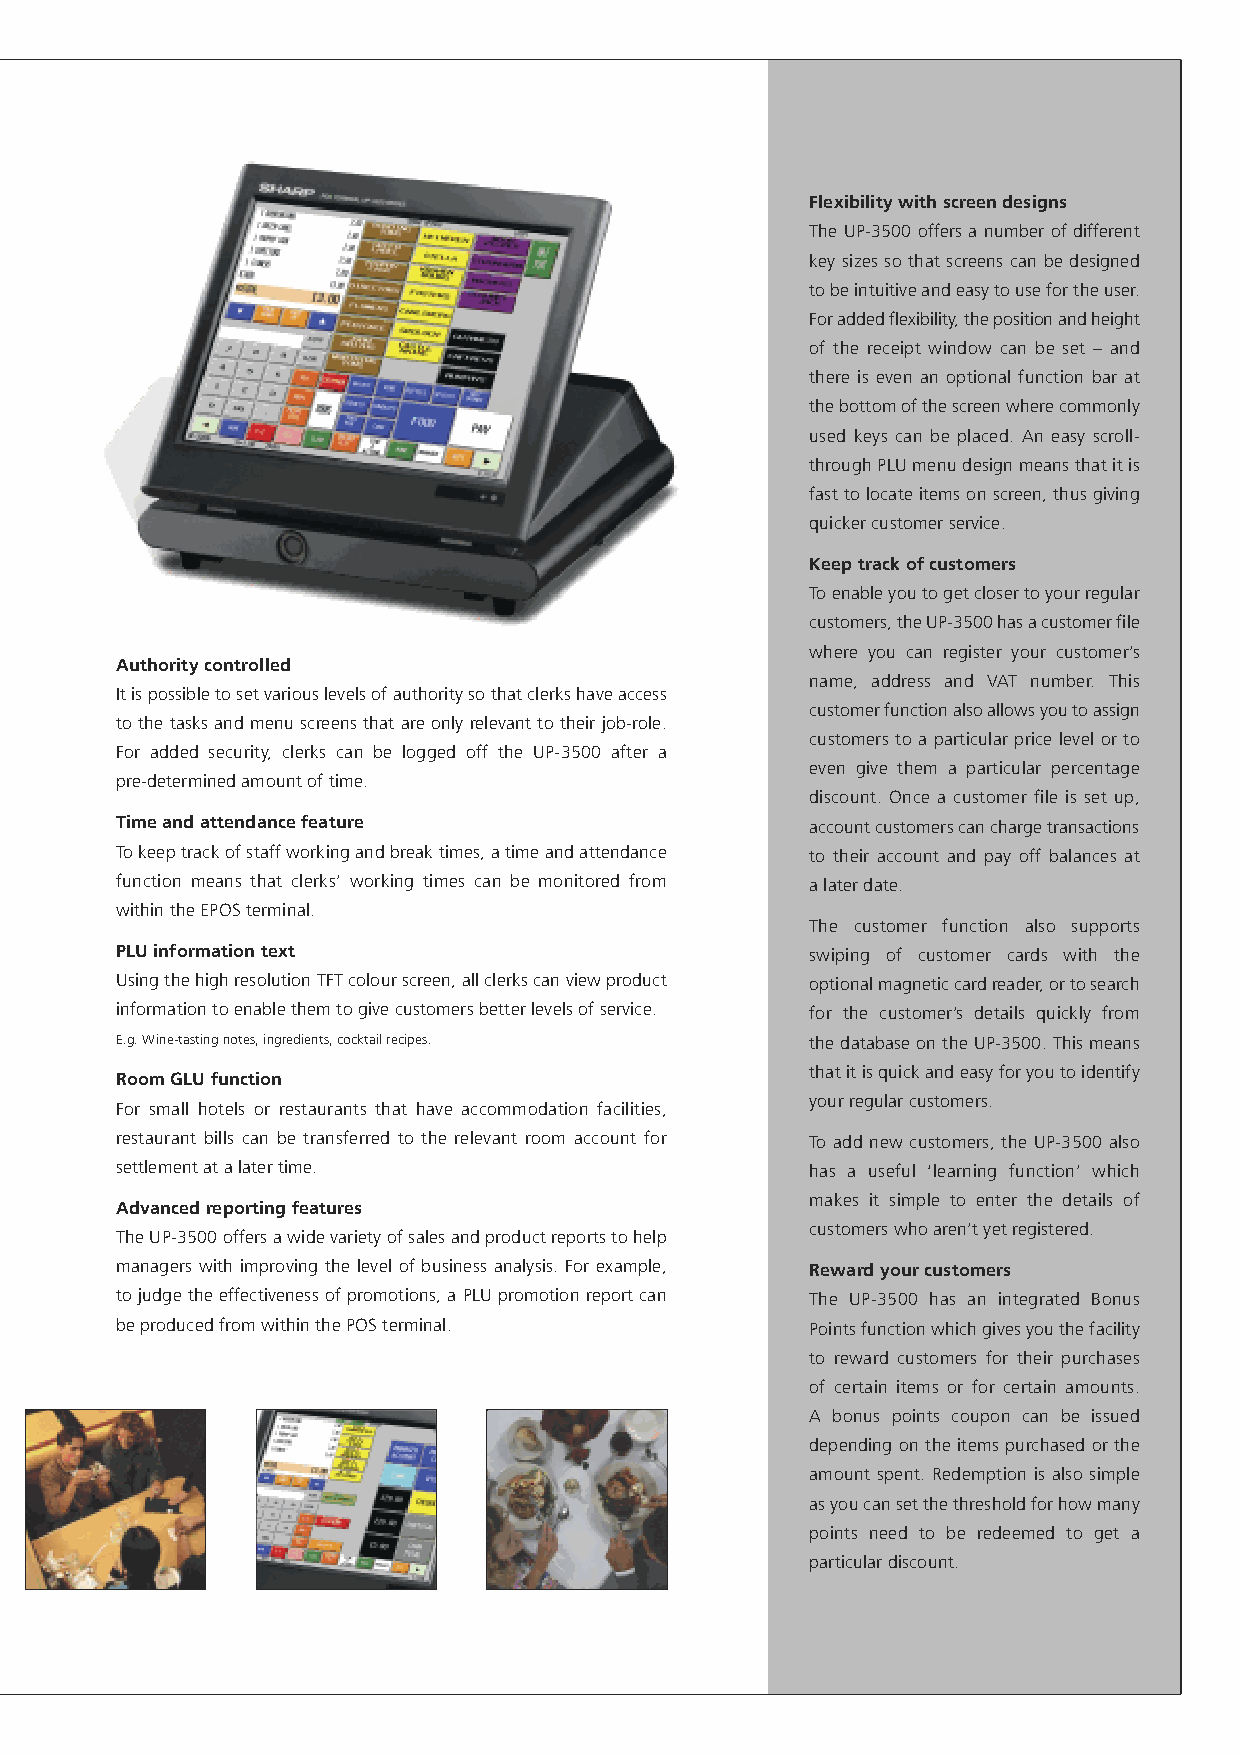
Flexibilitywithscreendesigns
 The UP-3500 offers a number of different
 key sizes so that screens can be designed
 tobeintuitiveandeasytousefortheuser.
 Foraddedflexibility,thepositionandheight
 of the receipt window can be set – and
 there is even an optional function bar at
 thebottomofthescreenwherecommonly
 used keys can be placed. An easy scroll-
 throughPLUmenudesignmeansthatitis
 fasttolocateitemsonscreen,thusgiving
 quickercustomerservice.
 Keeptrackofcustomers
 Toenableyoutogetclosertoyourregular
 customers,theUP-3500hasacustomerfile
 where you can register your customer’s
 Authoritycontrolled
 name, address and VAT number. This
 Itispossibletosetvariouslevelsofauthoritysothatclerkshaveaccess
 customerfunctionalsoallowsyoutoassign
 to the tasks and menu screens that are only relevant to their job-role.
 customers to a particular price level or to
 For added security, clerks can be logged off the UP-3500 after a
 even give them a particular percentage
 pre-determinedamountoftime.
 discount. Once a customer file is set up,
 Timeandattendancefeature                      accountcustomerscanchargetransactions
 Tokeeptrackofstaffworkingandbreaktimes,atimeandattendance to their account and pay off balances at
 function means that clerks’ working times can be monitored from alaterdate.
 withintheEPOSterminal.
 The customer function also supports
 PLUinformationtext                            swiping of customer cards with the
 UsingthehighresolutionTFTcolourscreen,allclerkscanviewproduct optionalmagneticcardreader,ortosearch
 informationtoenablethemtogivecustomersbetterlevelsofservice. for the customer’s details quickly from
 E.g.Wine-tastingnotes,ingredients,cocktailrecipes. thedatabaseontheUP-3500.Thismeans
 thatitisquickandeasyforyoutoidentify
 RoomGLUfunction
 yourregularcustomers.
 For small hotels or restaurants that have accommodation facilities,
 restaurant bills can be transferred to the relevant room account for To add new customers, the UP-3500 also
 settlementatalatertime.                       has a useful ‘learning function’ which
 makes it simple to enter the details of
 Advancedreportingfeatures
 customerswhoaren’tyetregistered.
 TheUP-3500offersawidevarietyofsalesandproductreportstohelp
 managers with improving the level of business analysis. For example, Rewardyourcustomers
 to judge the effectiveness of promotions, a PLU promotion report can The UP-3500 has an integrated Bonus
 beproducedfromwithinthePOSterminal.           Pointsfunctionwhichgivesyouthefacility
 to reward customers for their purchases
 of certain items or for certain amounts.
 A bonus points coupon can be issued
 depending on the items purchased or the
 amount spent. Redemption is also simple
 asyoucansetthethresholdforhowmany
 points need to be redeemed to get a
 particulardiscount.